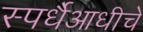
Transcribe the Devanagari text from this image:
स्पर्धैआधीचे